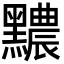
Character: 𪒬